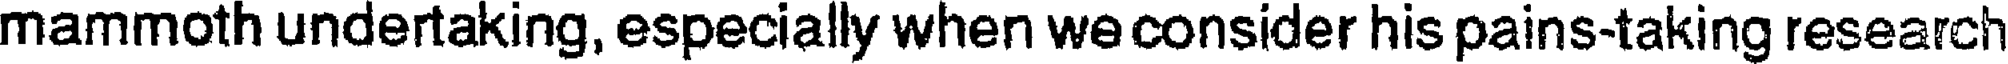
mammoth undertaking, especially when we consider his pains-taking research